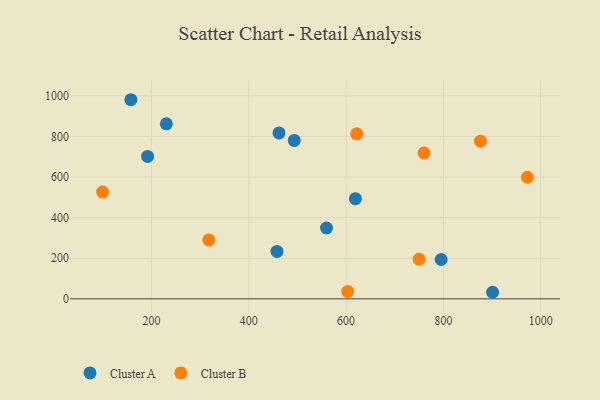
{"axis": {"x": "Engine Size", "y": "Profit"}, "legend": ["Cluster A", "Cluster B"], "data": [{"x": "157.6", "y": 981.0, "type": "Cluster A"}, {"x": "191.9", "y": 701.6, "type": "Cluster A"}, {"x": "559.7", "y": 349.0, "type": "Cluster A"}, {"x": "493.4", "y": 780.7, "type": "Cluster A"}, {"x": "619.1", "y": 493.5, "type": "Cluster A"}, {"x": "462.1", "y": 817.4, "type": "Cluster A"}, {"x": "457.9", "y": 233.6, "type": "Cluster A"}, {"x": "795.4", "y": 193.9, "type": "Cluster A"}, {"x": "901.1", "y": 32.3, "type": "Cluster A"}, {"x": "230.5", "y": 862.3, "type": "Cluster A"}, {"x": "876.2", "y": 776.7, "type": "Cluster B"}, {"x": "760.2", "y": 718.7, "type": "Cluster B"}, {"x": "621.7", "y": 812.9, "type": "Cluster B"}, {"x": "317.7", "y": 290.4, "type": "Cluster B"}, {"x": "99.5", "y": 525.8, "type": "Cluster B"}, {"x": "750.0", "y": 194.9, "type": "Cluster B"}, {"x": "603.2", "y": 36.2, "type": "Cluster B"}, {"x": "972.6", "y": 599.1, "type": "Cluster B"}]}